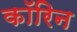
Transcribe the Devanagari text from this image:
कॉरिन